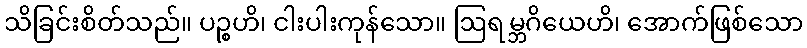
သိခြင်းစိတ်သည်။ ပဉ္စဟိ၊ ငါးပါးကုန်သော။ ဩရမ္ဘဂိယေဟိ၊ အောက်ဖြစ်သော